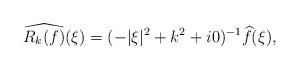
LaTeX: \begin{align*} \widehat{R_k(f)}(\xi) = (-|\xi|^2+k^2 + i0)^{-1}\widehat{f}(\xi), \end{align*}